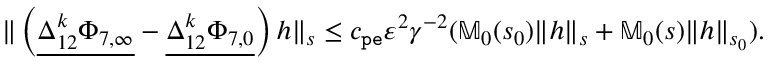
\begin{array} { r } { \rVert \left( \underline { { \Delta _ { 1 2 } ^ { k } \Phi _ { 7 , \infty } } } - \underline { { \Delta _ { 1 2 } ^ { k } \Phi _ { 7 , 0 } } } \right) h \rVert _ { s } \le c _ { \mathtt { p e } } \varepsilon ^ { 2 } \gamma ^ { - 2 } ( \mathbb { M } _ { 0 } ( s _ { 0 } ) \rVert h \rVert _ { s } + \mathbb { M } _ { 0 } ( s ) \rVert h \rVert _ { s _ { 0 } } ) . } \end{array}